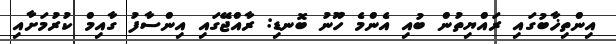
އިންތިޚާބުގައި ރައްޔިތުން ބުއި އެންމެ ހޫނު ބޮނޑި: ރާއްޖޭގައި އިންސާފު ގާއިމް ކުރުމަށާއި